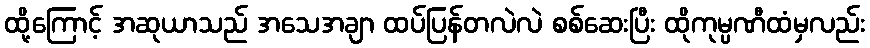
ထို့ကြောင့် အဆုယာသည် အသေအချာ ထပ်ပြန်တလဲလဲ စစ်ဆေးပြီး ထိုကုမ္ပဏီထံမှလည်း